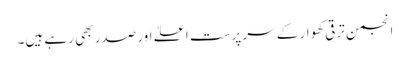
انجمن ترقی کھوار کے سر پرست اعلےٰ اور صدر بھی رہے ہیں۔